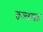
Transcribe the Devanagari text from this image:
रूचक